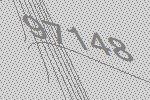
97148